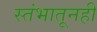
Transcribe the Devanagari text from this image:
स्तंभातूनही